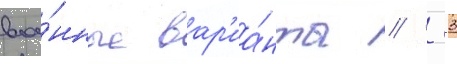
вое́нные вар'иа́нты // -33